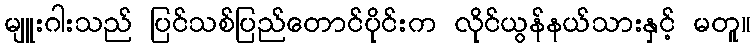
မျူးဂါးသည် ပြင်သစ်ပြည်တောင်ပိုင်းက လိုင်ယွန်နယ်သားနှင့် မတူ။